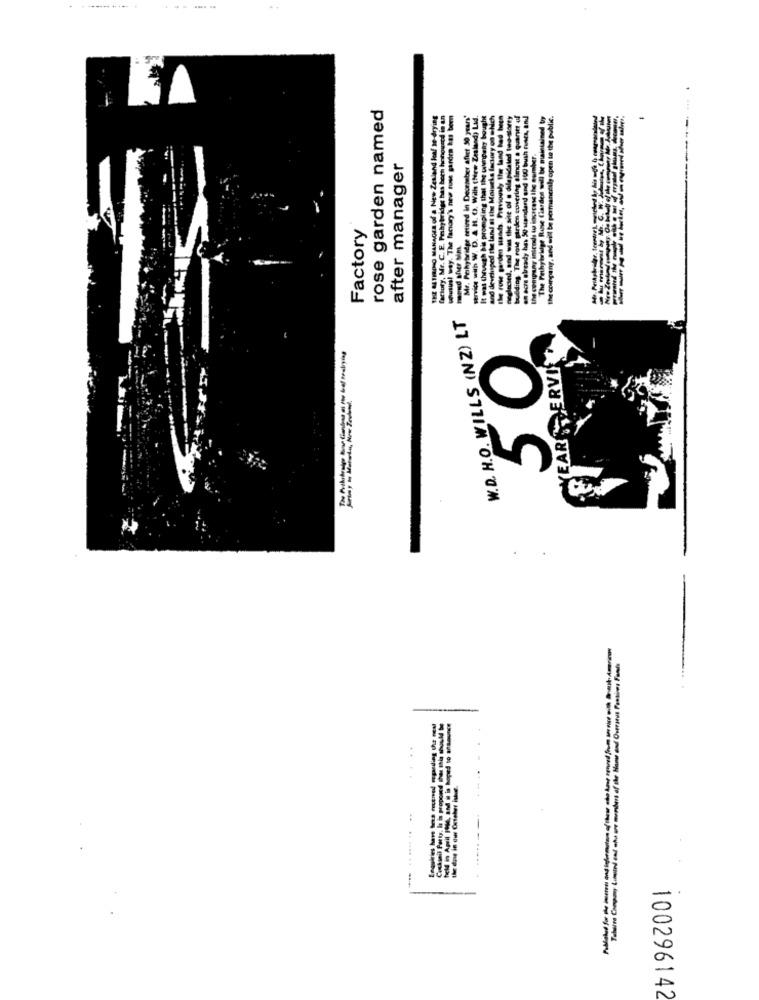
rose garden named
THE BATHUNO MANAGER Of a New Zealand loaf 10-drying
factory, Mr. C. E. Poihybridge has both honoured in an
wutus! way. The factory's new tuse sarden kas been
Mr. Peihybridge ertined in December after 30 years'
mit with W. D. A R. O. Will (New Zealand) Lad.
It was through his prompling that the tampany bought
and developed the land of the Moiseks factory co ehe
the rose garden sands. Previously the land had been
neglected, and was the site of a dilapidated two-storty
building. The rose garden covering almust a quant uf
en acze already has 50 standard end 100 bush Fuses, and
The Pethybridge Ruse Clardes will be maintained by
the company, and will be pormancealy open to the public.
-
the company introds t iaccess the number.
after manager
Factory
moped sher Mm.
W.D. H.O. WILLS (NZ) LT
YEARSDERVI
50
Tokeine Company Limited ent who are members of the Home and Overitel Passions Fash
100296142